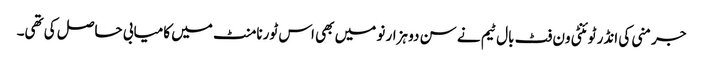
جرمنی کی انڈر ٹوئنٹی ون فٹ بال ٹیم نے سن دو ہزار نو میں بھی اس ٹورنامنٹ میں کامیابی حاصل کی تھی۔